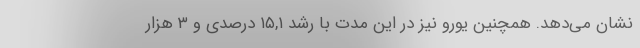
نشان می‌دهد. همچنین یورو نیز در این مدت با رشد ۱۵,۱ درصدی و ۳ هزار